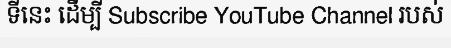
ទីនេះ ដើម្បី Subscribe YouTube Channel របស់